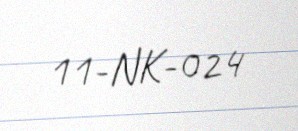
11-NK-024